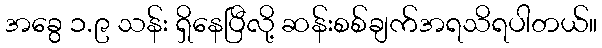
အခွေ ၁.၉ သန်း ရှိနေပြီလို့ ဆန်းစစ်ချက်အရသိရပါတယ်။